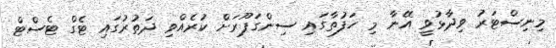
މިނިސްޓަރު ވިދާޅުވީ އޭނާ މި ހަފުތާގައި ސިންގަޕޫރަށް ކުރެއްވި ދަތުރުގައި ޓެގް ޓެސްޓް